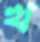
খ